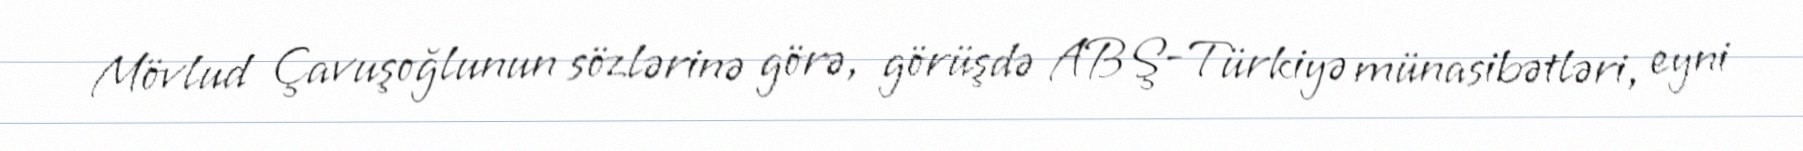
Mövlud Çavuşoğlunun sözlərinə görə, görüşdə ABŞ-Türkiyə münasibətləri, eyni